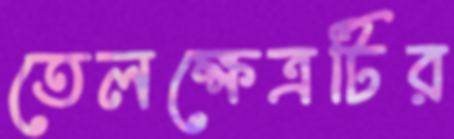
তেলক্ষেত্রটির